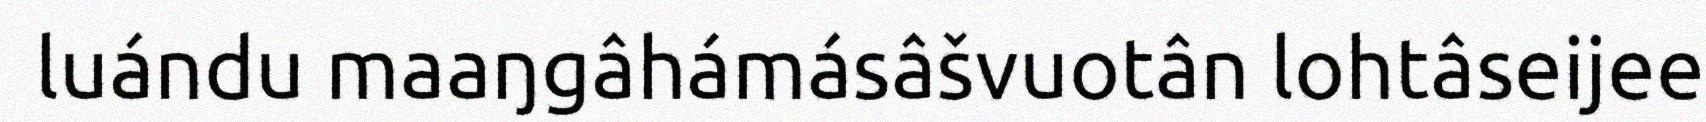
luándu maaŋgâhámásâšvuotân lohtâseijee